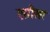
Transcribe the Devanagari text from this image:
एग्रीसर